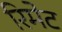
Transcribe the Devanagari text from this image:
रिमेट